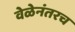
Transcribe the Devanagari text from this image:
वेळेनंतरच